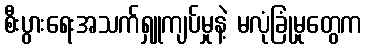
စီးပွားရေးအသက်ရှူကျပ်မှုနဲ့ မလုံခြုံမှုတွေက